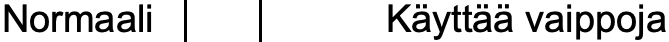
Normaali     Käyttää vaippoja